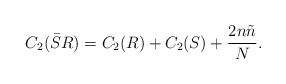
\begin{align*}C_2 (\bar{S}R) = C_2 (R) + C_2 (S)+ \frac{2n\tilde n}{N} .\end{align*}